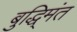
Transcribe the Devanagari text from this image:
बुद्धि्मंत